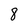
Character: 8